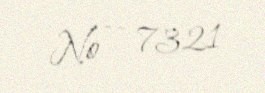
№ — 7321